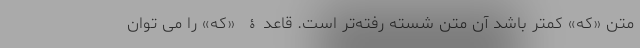
متن «که» کمتر باشد آن متن شُسته رُفته‌تر است. قاعدۀ «که» را می توان